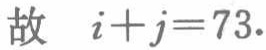
故 \(i + j = 73\).